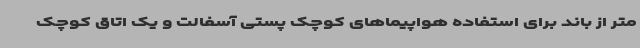
متر از باند برای استفاده هواپیماهای کوچک پستی آسفالت و یک اتاق کوچک